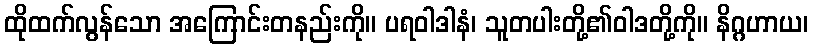
ထိုထက်လွန်သော အကြောင်းတနည်းကို။ ပရဝါဒါနံ၊ သူတပါးတို့၏ဝါဒတို့ကို။ နိဂ္ဂဟာယ၊